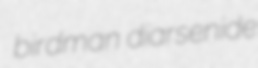
birdman diarsenide